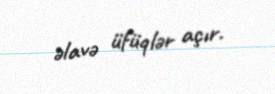
əlavə üfüqlər açır.